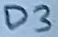
Text: D3